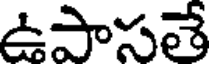
ఉపాసతే